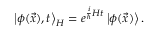
\left| \phi ( \vec { x } ) , t \right> _ { H } = e ^ { \frac { i } { \hbar } { \cal { H } } t } \left| \phi ( \vec { x } ) \right> .